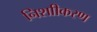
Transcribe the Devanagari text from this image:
निशाीकरण